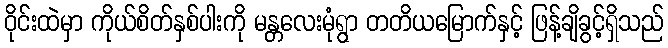
ဝိုင်းထဲမှာ ကိုယ်စိတ်နှစ်ပါးကို မန္တလေးမုံရွာ တတိယမြောက်နှင့် ဖြန့်ချိခွင့်ရှိသည်